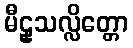
မီဠှသလ္လိတ္တော